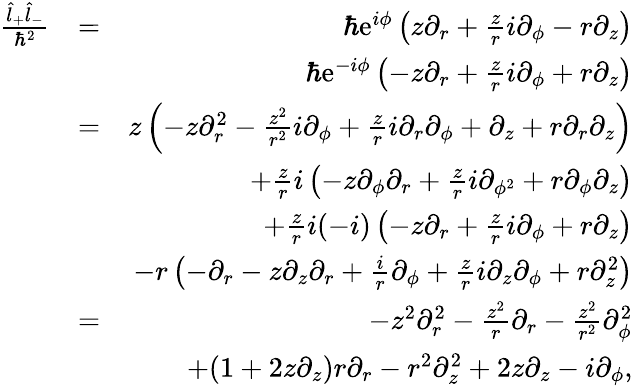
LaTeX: \begin{array}{rlr}{\frac{\hat{l}_{+}\hat{l}_{-}}{\hbar^{2}}}&{=}&{\hbar\mathrm{e}^{i\phi}\left(z\partial_{r}+\frac{z}{r}i\partial_{\phi}-r\partial_{z}\right)}\\ &{}&{\hbar\mathrm{e}^{-i\phi}\left(-z\partial_{r}+\frac{z}{r}i\partial_{\phi}+r\partial_{z}\right)}\\ &{=}&{z\left(-z\partial_{r}^{2}-\frac{z^{2}}{r^{2}}i\partial_{\phi}+\frac{z}{r}i\partial_{r}\partial_{\phi}+\partial_{z}+r\partial_{r}\partial_{z}\right)}\\ &{}&{+\frac{z}{r}i\left(-z\partial_{\phi}\partial_{r}+\frac{z}{r}i\partial_{\phi^{2}}+r\partial_{\phi}\partial_{z}\right)}\\ &{}&{+\frac{z}{r}i(-i)\left(-z\partial_{r}+\frac{z}{r}i\partial_{\phi}+r\partial_{z}\right)}\\ &{}&{-r\left(-\partial_{r}-z\partial_{z}\partial_{r}+\frac{i}{r}\partial_{\phi}+\frac{z}{r}i\partial_{z}\partial_{\phi}+r\partial_{z}^{2}\right)}\\ &{=}&{-z^{2}\partial_{r}^{2}-\frac{z^{2}}{r}\partial_{r}-\frac{z^{2}}{r^{2}}\partial_{\phi}^{2}}\\ &{}&{+(1+2z\partial_{z})r\partial_{r}-r^{2}\partial_{z}^{2}+2z\partial_{z}-i\partial_{\phi},}\end{array}